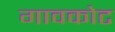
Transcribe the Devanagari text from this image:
गावकोट